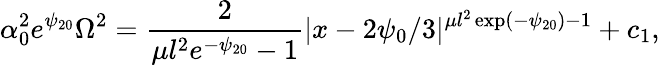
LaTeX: \alpha_{0}^{2}e^{\psi_{20}}\Omega^{2}=\frac{2}{\mu l^{2}e^{-\psi_{20}}-1}|x-2\psi_{0}/3|^{\mu l^{2}\exp(-\psi_{20})-1}+c_{1},